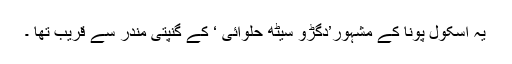
یہ اسکول پونا کے مشہور’دگڑو سیٹھ حلوائی ‘ کے گنپتی مندر سے قریب تھا ۔